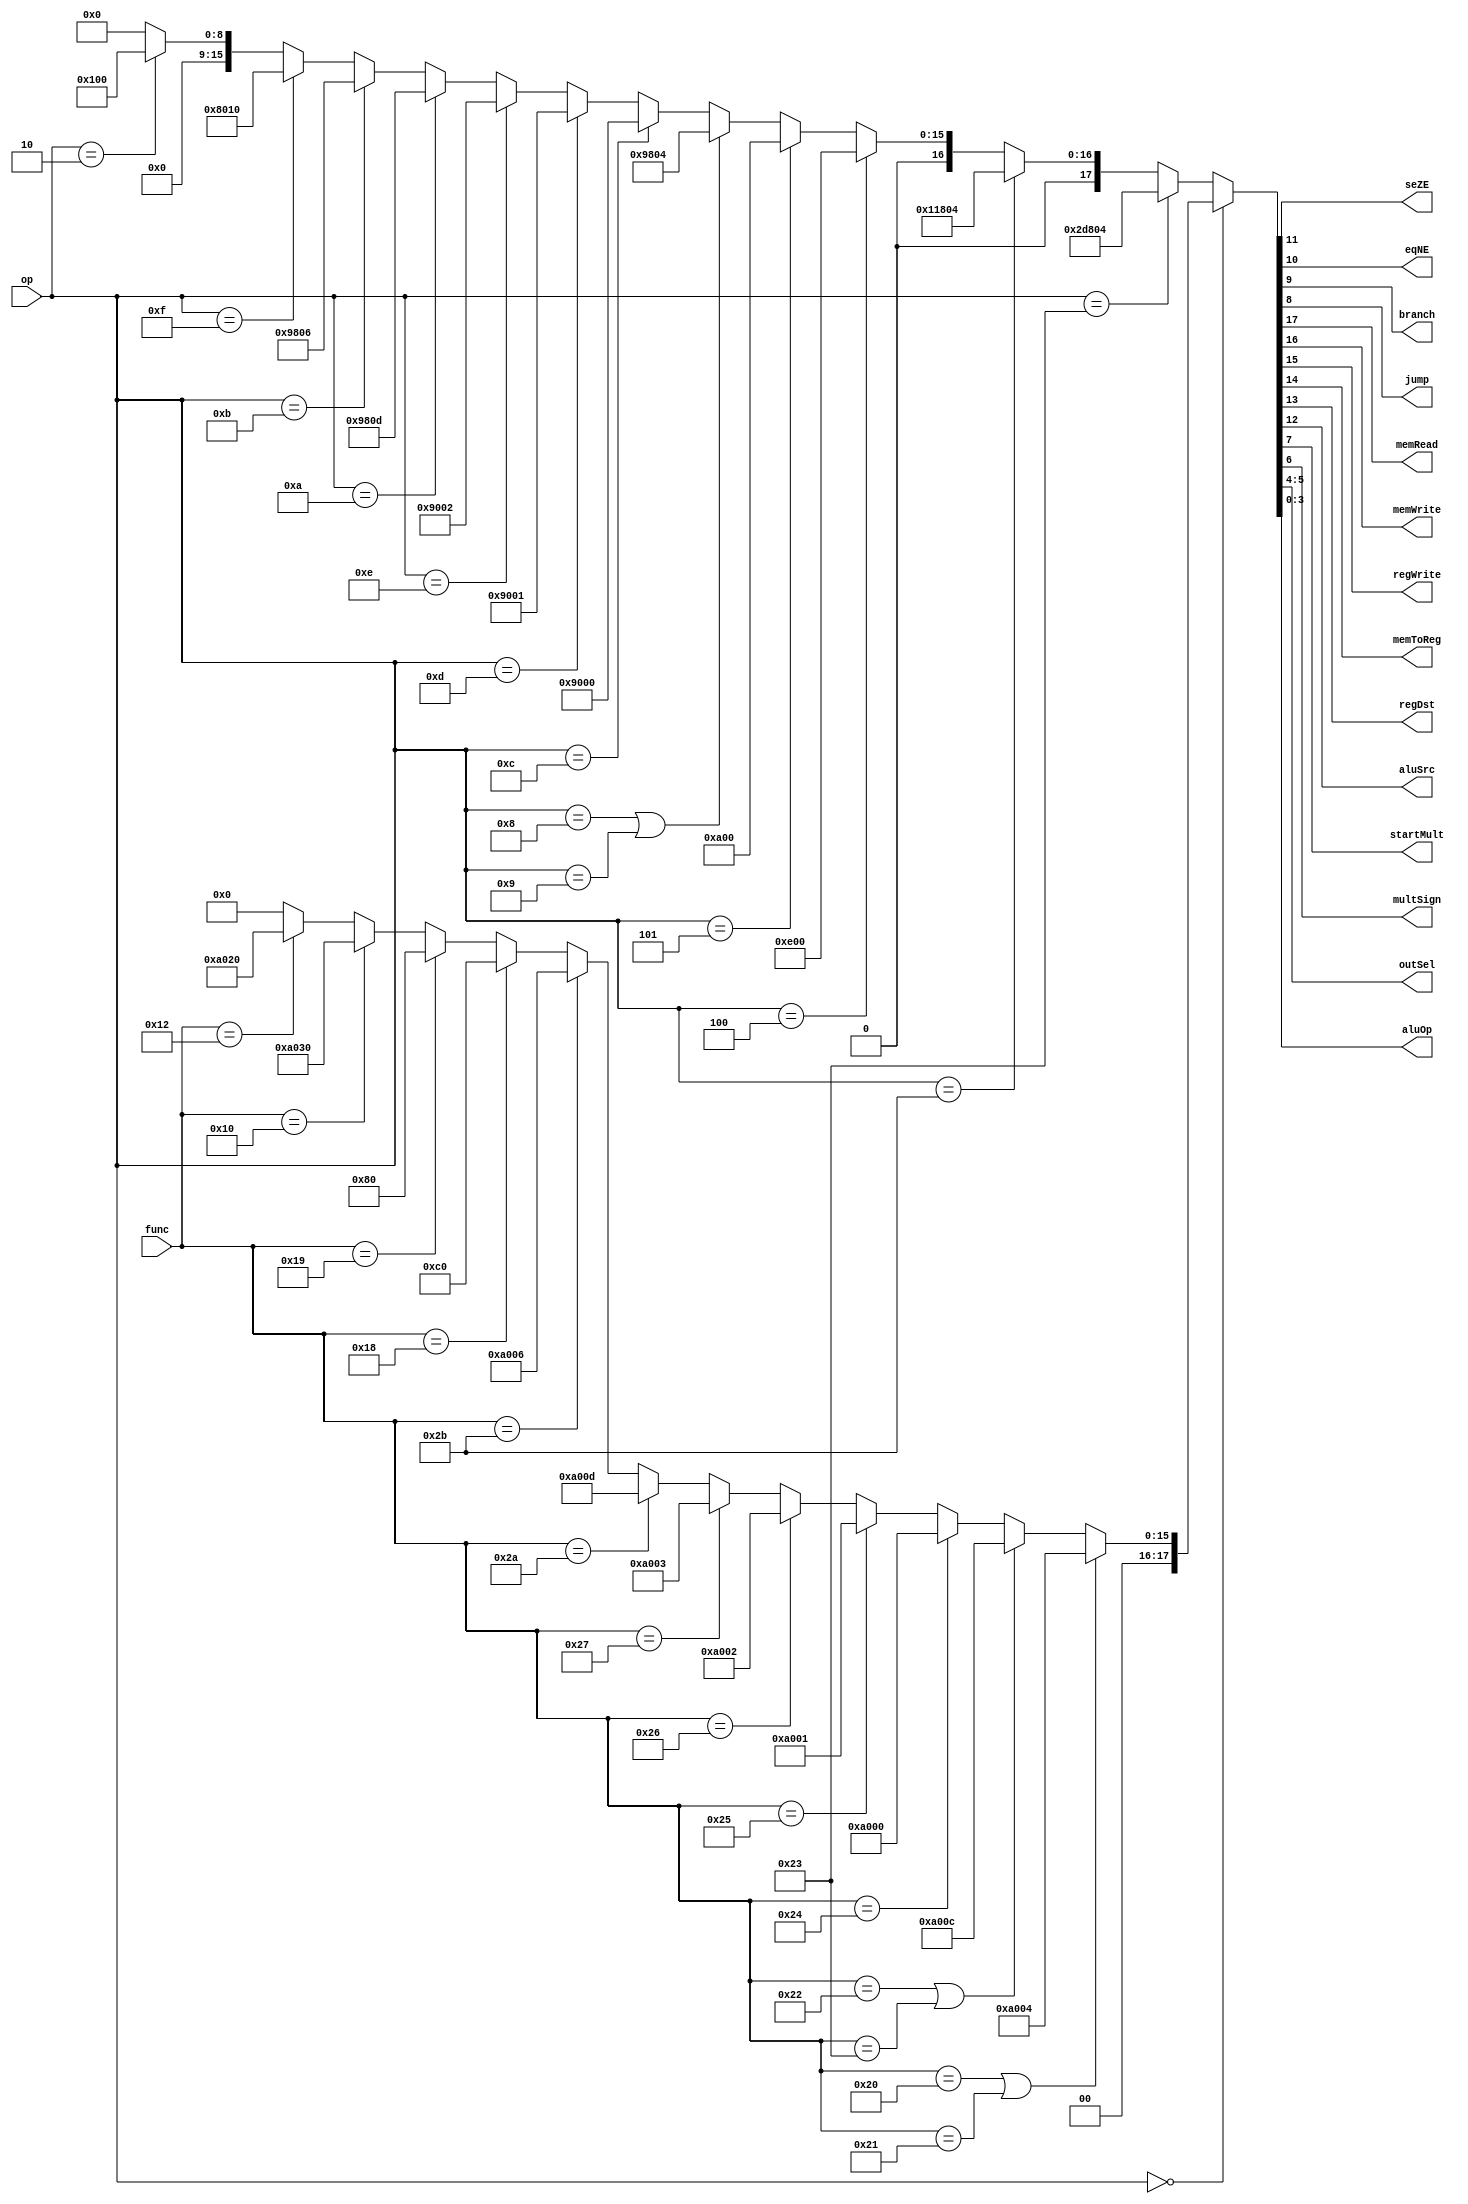
module controlUnit(
    input [5:0] op, func,
    output seZE, eqNE, branch, jump,
    output memRead, memWrite, regWrite, memToReg, regDst,
    output aluSrc, startMult, multSign,
    output [1:0] outSel,
    output [3:0] aluOp
);

wire [17:0] controlSigs;

assign {memRead, memWrite, regWrite, memToReg, regDst, aluSrc, seZE, eqNE,
        branch, jump, startMult, multSign, outSel, aluOp} = controlSigs;

assign controlSigs = (op == 6'h0) ? (func == 6'h20 | func == 6'h21) ? 18'b001010000000_00_0100 :
                                    (func == 6'h22 | func == 6'h23) ? 18'b001010000000_00_1100 :
                                    (func == 6'h24) ? 18'b001010000000_00_0000 :
                                    (func == 6'h25) ? 18'b001010000000_00_0001 :
                                    (func == 6'h26) ? 18'b001010000000_00_0010 :
                                    (func == 6'h27) ? 18'b001010000000_00_0011 :
                                    (func == 6'h2a) ? 18'b001010000000_00_1101 :
                                    (func == 6'h2b) ? 18'b001010000000_00_0110 :
                                    (func == 6'h18) ? 18'b000000000011_00_0000 :
                                    (func == 6'h19) ? 18'b000000000010_00_0000 :
                                    (func == 6'h10) ? 18'b001010000000_11_0000 :
                                    (func == 6'h12) ? 18'b001010000000_10_0000 : 18'b0 :
                      (op == 6'h23) ? 18'b101101100000_00_0100 :
                      (op == 6'h2b) ? 18'b010001100000_00_0100 :
                      (op == 6'h4) ? 18'b000000111000_00_0000 :
                      (op == 6'h5) ? 18'b000000101000_00_0000 :
                      (op == 6'h8 | op == 6'h9) ? 18'b001001100000_00_0100 :
                      (op == 6'hc) ? 18'b001001000000_00_0000 :
                      (op == 6'hd) ? 18'b001001000000_00_0001 :
                      (op == 6'he) ? 18'b001001000000_00_0010 :
                      (op == 6'ha) ? 18'b001001100000_00_1101 :
                      (op == 6'hb) ? 18'b001001100000_00_0110 :
                      (op == 6'hf) ? 18'b001000000000_01_0000 :
                      (op == 6'h2) ? 18'b000000000100_00_0000 : 18'b0;

endmodule